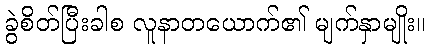
ခွဲစိတ်ပြီးခါစ လူနာတယောက်၏ မျက်နှာမျိုး။